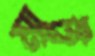
মাট্টু